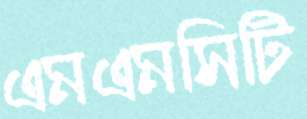
এমএমসিটি